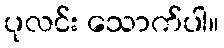
ပုလင်း သောက်ပါ။